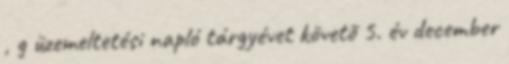
, g üzemeltetési napló tárgyévet követõ 5. év december